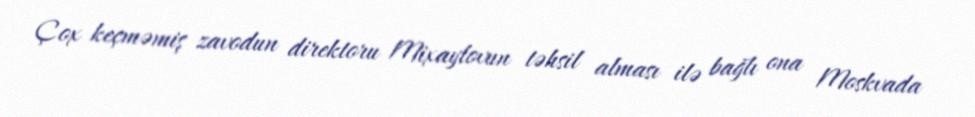
Çox keçməmiş zavodun direktoru Mixaylovun təhsil alması ilə bağlı ona Moskvada